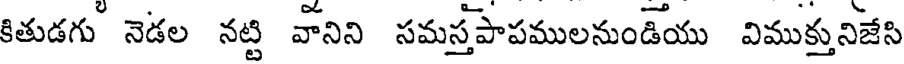
కితుడగు నెడల నట్టి వానిని సమస్తపాపములనుండియు విముక్తునిజేసి